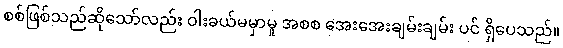
စစ်ဖြစ်သည်ဆိုသော်လည်း ဝါးခယ်မမှာမူ အစစ အေးအေးချမ်းချမ်း ပင် ရှိပေသည်။